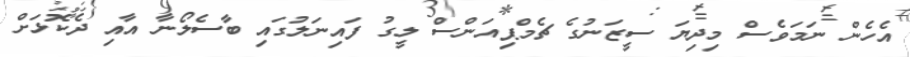
އެހެން ނަމަވެސް މިދިޔަ ސީޒަނުގެ ޗެމްޕިއަންސް ލީގު ފައިނަލުގައި ބާސެލޯނާ އާއި ދެކޮޅަށް